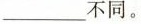
___不同。